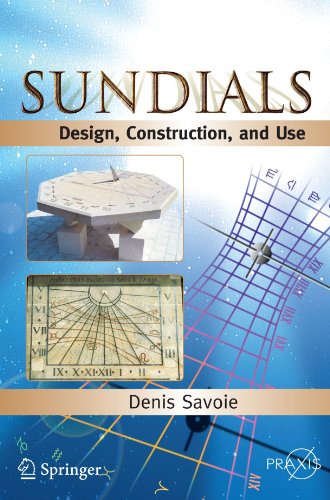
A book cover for Sundials: Design, Construction, and Use (Springer Praxis Books); Denis Savoie; Science & Math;